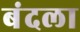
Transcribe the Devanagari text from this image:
बंदला